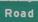
road